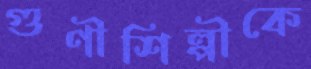
গুণীশিল্পীকে